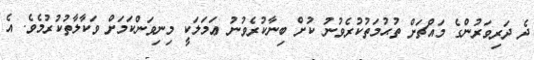
ދެ ދަރިވަރުންގެ މައްޗަށް ތުޙުމަތުކުރެވުނު ކުށް ބިނާކުރެވުނު ޢަމަލަކީ މިނިވަންކަމަށް ވަކާލާތުކުރުމެވެ. އެ